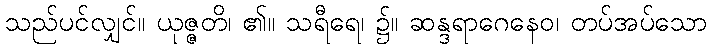
သည်ပင်လျှင်။ ယုဇ္ဇတိ၊ ၏။ သရီရေ၊ ၌။ ဆန္ဒရာဂေနေဝ၊ တပ်အပ်သော